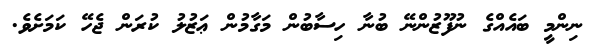
ނިންމީ ބައެއްގެ ނުފޫޒުންނޭ ބުނާ ހިސާބުން މަގާމުން ޢަޒުލު ކުރަން ޖެހޭ ކަމަށެވެ.